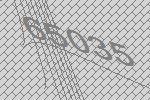
65035